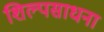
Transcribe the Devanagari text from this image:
शिल्पसाधना